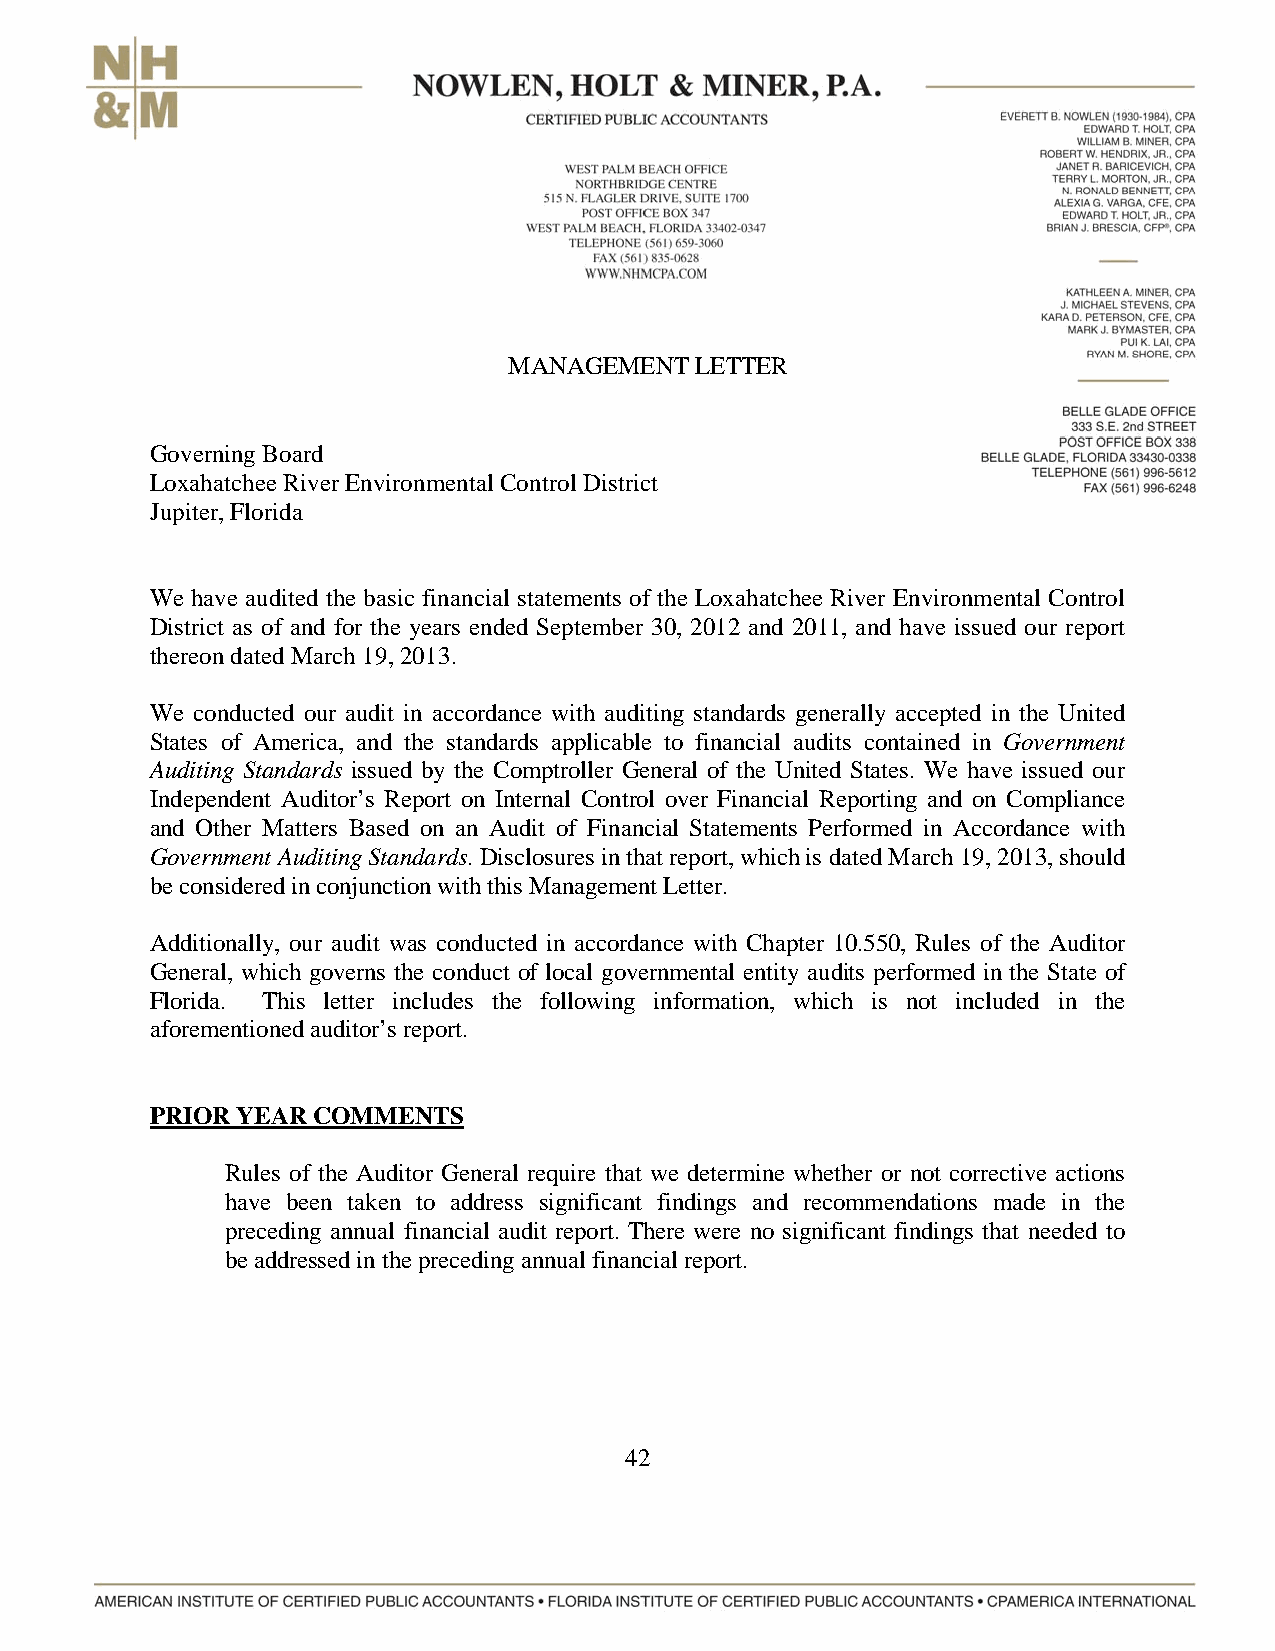
MANAGEMENT  LETTER
 Governing Board
 Loxahatchee River Environmental Control District
 Jupiter, Florida
 We have audited the basic financial statements of the Loxahatchee River Environmental Control
 District as of and for the years ended September 30, 2012 and 2011, and have issued our report
 thereon dated March 19, 2013.
 We conducted our audit in accordance with auditing standards generally accepted in the United
 States of America, and the standards applicable to financial audits contained in Government
 Auditing Standards issued by the Comptroller General of the United States. We have issued our
 Independent Auditor’s Report on Internal Control over Financial Reporting and on Compliance
 and Other Matters Based on an Audit of Financial Statements Performed in Accordance with
 Government Auditing Standards. Disclosures in that report, which is dated March 19, 2013, should
 be considered in conjunction with this Management Letter.
 Additionally, our audit was conducted in accordance with Chapter 10.550, Rules of the Auditor
 General, which governs the conduct of local governmental entity audits performed in the State of
 Florida. This letter includes the following information, which is not included in the
 aforementioned auditor’s report.
 PRIOR YEAR COMMENTS
 Rules of the Auditor General require that we determine whether or not corrective actions
 have been taken to address significant findings and recommendations made in the
 preceding annual financial audit report. There were no significant findings that needed to
 be addressed in the preceding annual financial report.
 42